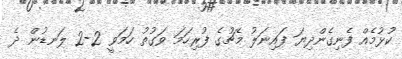
ކުޅުމެއް ފެނިގެންދިޔަ ފައިނަލު މެޗުގެ ފުރިހަމަ ވަގުތު ހަމަވީ 2-2 ލަނޑުން ދެ